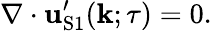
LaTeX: \nabla\cdot{\mathbf{u}}_{\mathrm{{S}}1}^{\prime}({\mathbf{k}};\tau)=0.